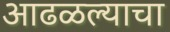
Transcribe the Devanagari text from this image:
आढळल्याचा